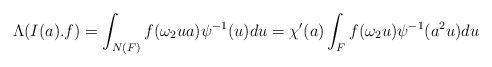
\begin{align*}\Lambda(I(a).f)=\int_{N(F)} f(\omega_2ua)\psi^{-1}(u)du=\chi'(a)\int_F f(\omega_2u)\psi^{-1}(a^2u)du\end{align*}